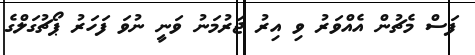
ފަސް މެޗުން އެއްވަރު ވި އިރު ޖަރުމަނު ވަނީ ނުވަ ފަހަރު ޕޯޗުގަލްގެ